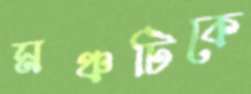
মঞ্চটিকে